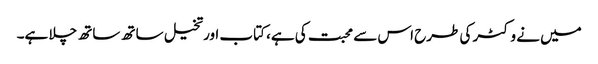
میں نے وکٹر کی طرح اس سے محبت کی ہے، کتاب اورتخیل ساتھ ساتھ چلا ہے۔